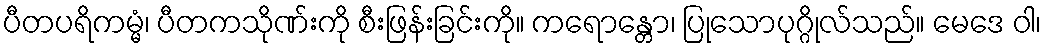
ပီတပရိကမ္မံ၊ ပီတကသိုဏ်းကို စီးဖြန်းခြင်းကို။ ကရောန္တော၊ ပြုသောပုဂ္ဂိုလ်သည်။ မေဒေ ဝါ၊